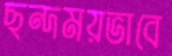
ছন্দময়ভাবে